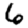
Digit: 6